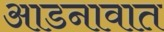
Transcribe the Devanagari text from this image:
आडनावात